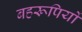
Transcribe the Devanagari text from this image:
बहरूपियों